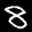
Label: 8